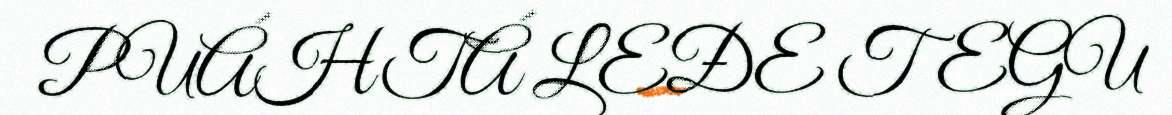
PUÁHTÁ LEĐE TEGU